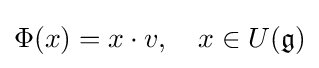
\Phi (x)=x\cdot v,\quad x\in U({\mathfrak {g}})